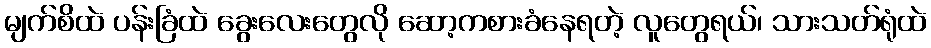
မျက်စိထဲ ပန်းခြံထဲ ခွေးလေးတွေလို ဆော့ကစားခံနေရတဲ့ လူတွေရယ်၊ သားသတ်ရုံထဲ